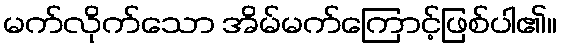
မက်လိုက်သော အိမ်မက်ကြောင့်ဖြစ်ပါ၏။